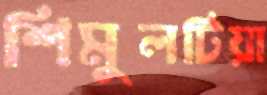
শিমুলটিয়া